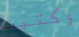
وكتبت